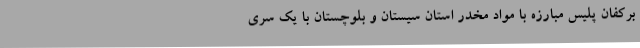
برکفان پلیس مبارزه با مواد مخدر استان سیستان و بلوچستان با یک سری